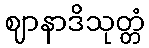
ဈာနာဒိသုတ္တံ